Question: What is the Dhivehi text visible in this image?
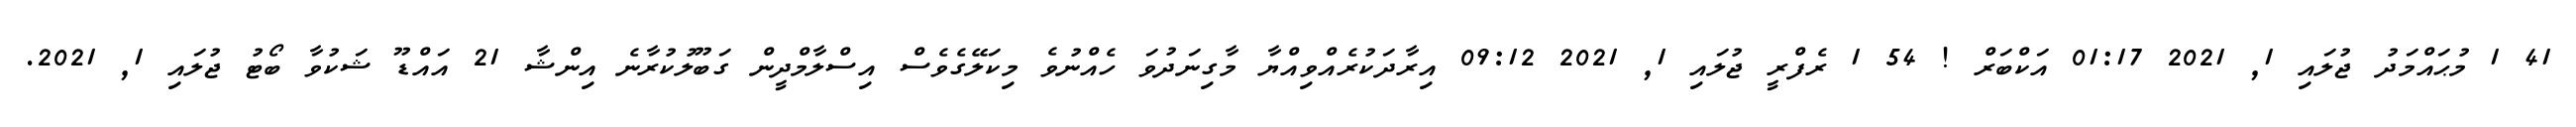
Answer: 41 1 މުޙައްމަދު ޖުލައި 1, 2021 01:17 އަކްބަރް ! 54 1 ރެފްރީ ޖުލައި 1, 2021 09:12 އިރާދަކުރެއްވިއްޔާ މާގިނަދުވަ ހެއްނުވެ މިކަލޭގެވެސް އިސްލާމްދީން ގަބޫލުކުރާނެ އިންޝާ 21 އައްޑޫ ޝަކުވާ ބޯޓު ޖުލައި 1, 2021.